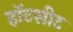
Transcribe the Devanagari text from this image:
हॉटसीट